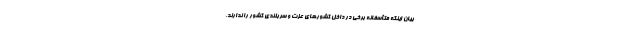
بیان اینکه متأسفانه برخی در داخل کشورهای عزت و سربلندی کشور را ندارند،